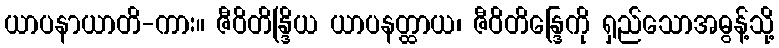
ယာပနာယာတိ-ကား။ ဇီဝိတိန္ဒြိယ ယာပနတ္ထာယ၊ ဇီဝိတိန္ဒြေကို ရှည်သောအဓွန့်သို့